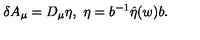
\delta A _ { \mu } = D _ { \mu } \eta , \ \eta = b ^ { - 1 } \hat { \eta } ( w ) b .